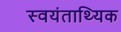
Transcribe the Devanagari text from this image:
स्वयंताथ्यिक